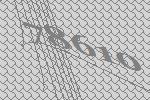
78610